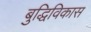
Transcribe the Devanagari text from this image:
बुद्धिविकास